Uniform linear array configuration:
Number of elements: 64
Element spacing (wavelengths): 1
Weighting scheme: binomial
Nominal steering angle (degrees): -30
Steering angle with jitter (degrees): -31.818
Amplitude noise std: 0.05
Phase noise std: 0.05

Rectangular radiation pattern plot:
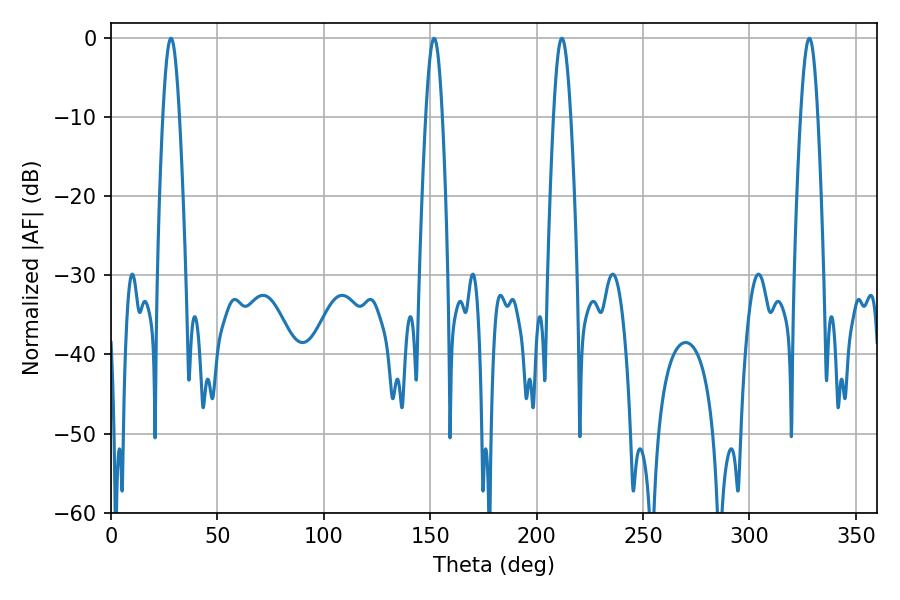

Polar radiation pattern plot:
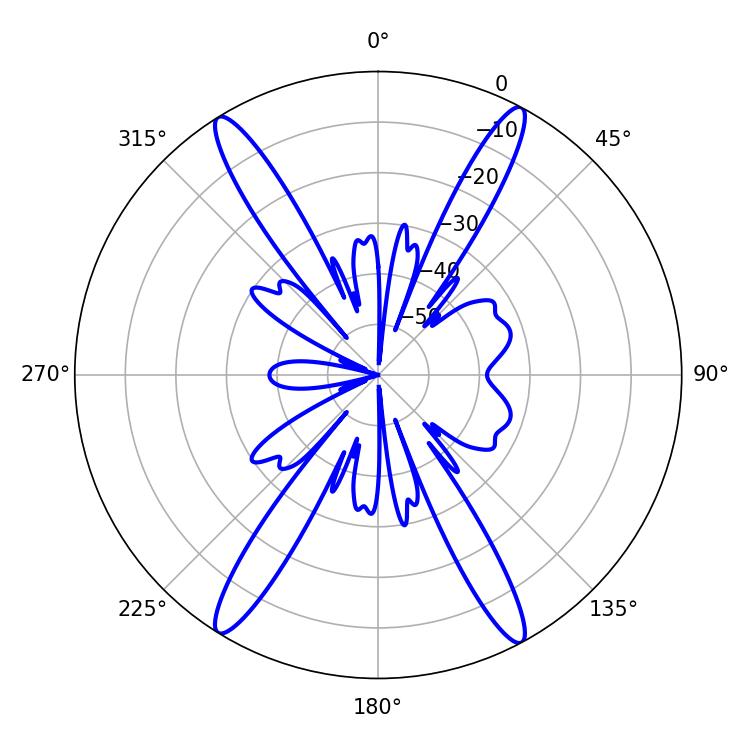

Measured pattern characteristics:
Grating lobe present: TRUE
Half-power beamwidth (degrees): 4.32
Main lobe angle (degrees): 211.86